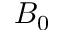
B _ { 0 }